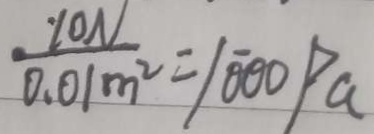
\frac { 1 0 N } { 0 . 0 1 m ^ { 2 } } = 1 0 0 0 P a